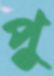
পু